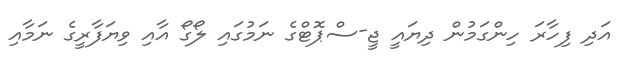
އަދި ފިހާރަ ހިންގަމުން ދިޔައީ ޖީ-ސްޕޮޓްގެ ނަމުގައި ލޯގޯ އާއި ވިޔަފާރީގެ ނަމާއި